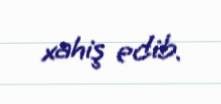
xahiş edib.